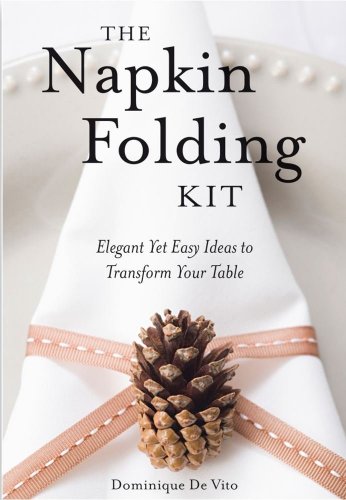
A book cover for The Napkin Folding Kit: Elegant Yet Easy Ideas to Transform  Your Table; Dominique De Vito; Cookbooks, Food & Wine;